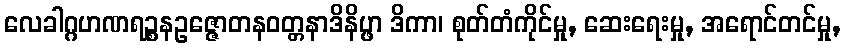
လေခါဂ္ဂဟဏရဉ္စနဥဇ္ဇောတနဝတ္တနာဒိနိပ္ဖာ ဒိကာ၊ စုတ်တံကိုင်မှု, ဆေးရေးမှု, အရောင်တင်မှု,